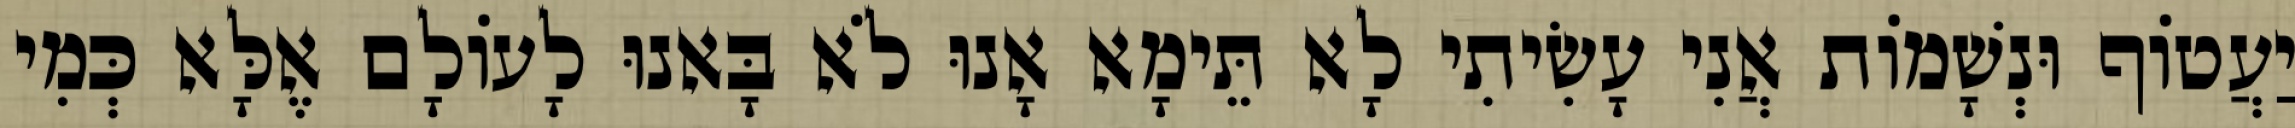
יַעֲטוֹף וּנְשָׁמוֹת אֲנִי עָשִׂיתִי לָא תֵּימָא אָנוּ לֹא בָּאנוּ לָעוֹלָם אֶלָּא כְּמִי